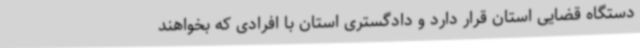
دستگاه قضایی استان قرار دارد و دادگستری استان با افرادی که بخواهند